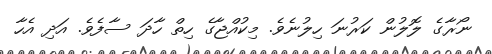
ނޯރާގެ ލޮލުން ކަރުނަ ހިލުނެވެ. މިކުއްޖާގެ ހިތް ހާދަ ސާފެވެ. އަދި އެހާ